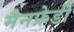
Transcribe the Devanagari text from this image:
मैनफ्रेडी